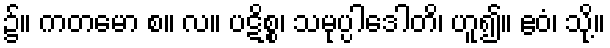
၌။ ကတမော စ။ လ။ ပဋိစ္စ၊ သမုပ္ပါဒေါတိ၊ ဟူ၍။ ဧဝံ၊ သို့။